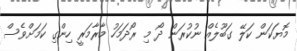
މޮޔަކަން ކަލޭ ގަބޫލެއް ނުކުރަން ދޯ މި ރޯދަމަހު މާރާމަރީ ހިންގި ކަމަށްވެސް